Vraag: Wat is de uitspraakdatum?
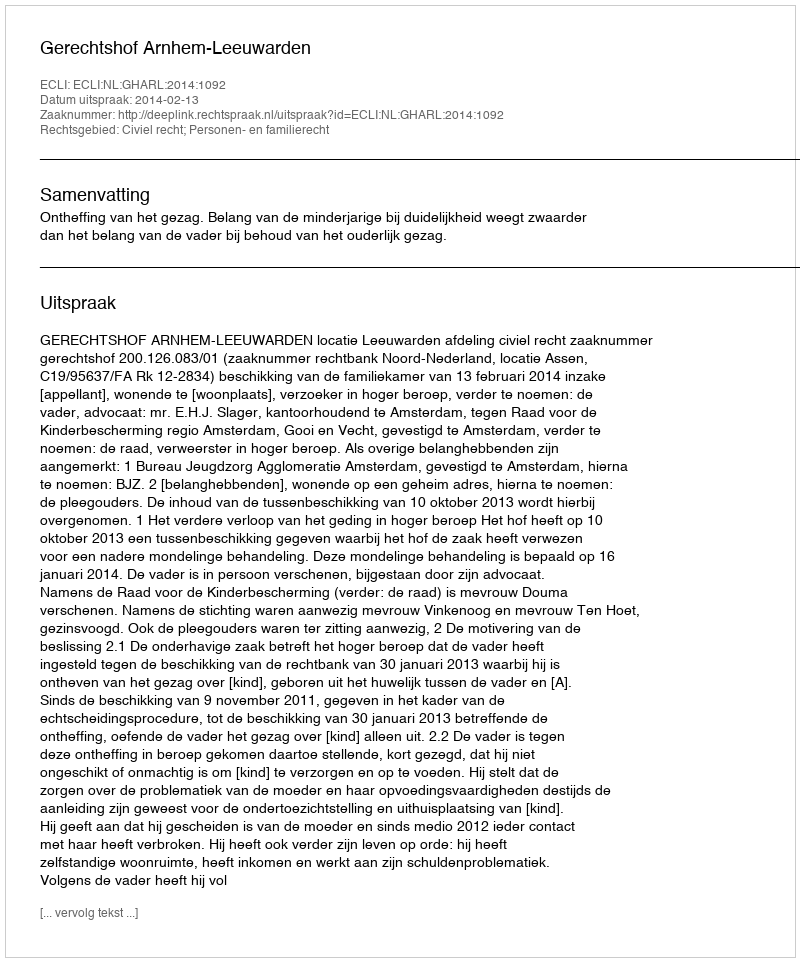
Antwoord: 2014-02-13